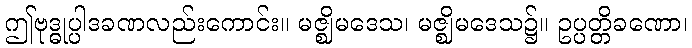
ဤဗုဒ္ဓုပ္ပါဒခဏလည်းကောင်း။ မဇ္ဈိမဒေသ၊ မဇ္ဈိမဒေသ၌။ ဥပ္ပတ္တိခဏော၊